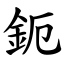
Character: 鈪